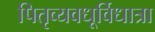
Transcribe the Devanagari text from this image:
पितृव्यवधूर्विधात्रा